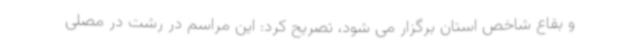
و بقاع شاخص استان برگزار می شود، تصریح کرد: این مراسم در رشت در مصلی